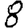
Digit: 8